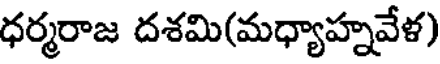
ధర్మరాజ దశమి(మధ్యాహ్నవేళ)